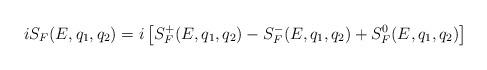
LaTeX: \begin{align*}i S_F (E,q_1, q_2) = i \left[ S_F^+ (E, q_1, q_2)- S_F^- (E, q_1, q_2 ) +S_F^0(E,q_1, q_2) \right]\end{align*}